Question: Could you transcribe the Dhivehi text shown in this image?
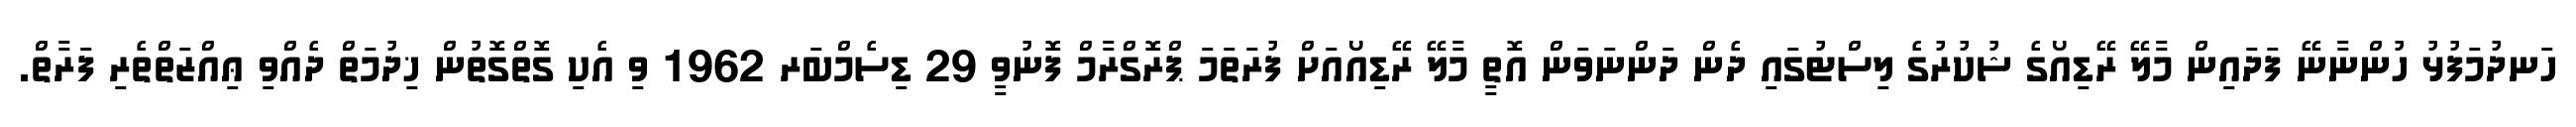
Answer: ހަނދުމަފުޅު ހުންނާނޭ ފަދައިން މާލޭ ރޭޑިއޯގެ ޝުކުރުގެ ލިސްޓުގައި ދެން ދަންނަވަން އޮތީ މާލޭ ރޭޑިއޯއަށް ފުރަތަމަ ޕްރޮގްރާމް ފޮނުވީ 29 ޑިސެމްބަރ 1962 ވި އެކި ގޮތްގޮތުން ޚިދުމަތް ދެއްވި ޢިއްޒަތްތެރި ފަރާތް.